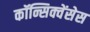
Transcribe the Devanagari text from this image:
कॉन्सिक्वेंसेस